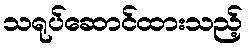
သရုပ်ဆောင်ထားသည့်